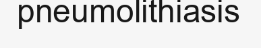
pneumolithiasis